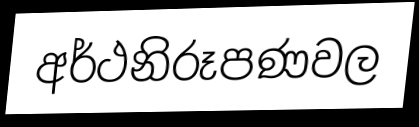
අර්ථනිරූපණවල